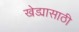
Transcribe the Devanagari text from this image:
खेड्यासाठी